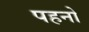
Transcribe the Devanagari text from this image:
पहनो